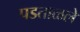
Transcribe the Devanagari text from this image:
पडताळले